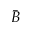
\bar { B }